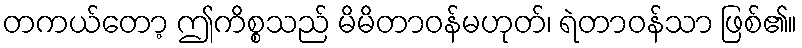
တကယ်တော့ ဤကိစ္စသည် မိမိတာဝန်မဟုတ်၊ ရဲတာဝန်သာ ဖြစ်၏။